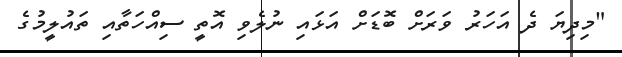
"މިދިޔަ ދެ އަހަރު ވަރަށް ބޮޑަށް އަޅައި ނުލެވި އޮތީ ސިއްހަތާއި ތައުލީމުގެ